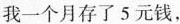
我一个月存了5元钱，